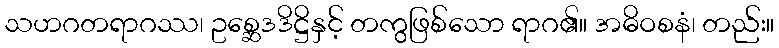
သဟဂတရာဂဿ၊ ဥစ္ဆေဒဒိဋ္ဌိနှင့် တကွဖြစ်သော ရာဂ၏။ အဓိဝစနံ၊ တည်း။